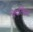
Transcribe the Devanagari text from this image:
पेपलिस्त